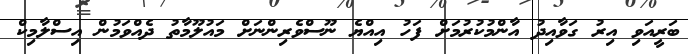
ބަރީއަވި އިރު ގަވާއިދު އާންމުކުރުމަށް ފަހު އިއްޔެ ނޫސްވެރިންނަށް މައުލޫމާތު ދެއްވަމުން އިސްލާމިކް